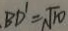
B D ^ { \prime } = \sqrt { 1 0 }